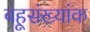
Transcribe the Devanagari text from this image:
बहूसंख्यांक